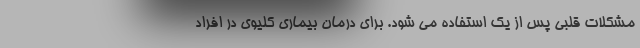
مشکلات قلبی پس از یک استفاده می شود. برای درمان بیماری کلیوی در افراد